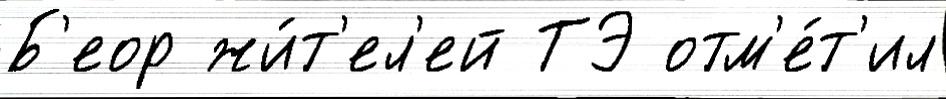
Б'еор жи́т'ел'ей ТЭ отм'е́т'ил